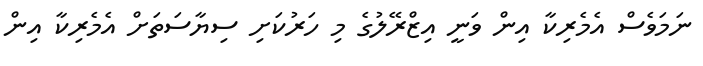
ނަމަވެސް އެމެރިކާ އިން ވަނީ އިޒްރޭލުގެ މި ހަރުކަށި ސިޔާސަތަށް އެމެރިކާ އިން